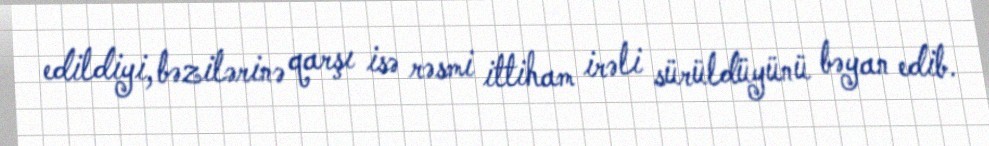
edildiyi, bəzilərinə qarşı isə rəsmi ittiham irəli sürüldüyünü bəyan edib.